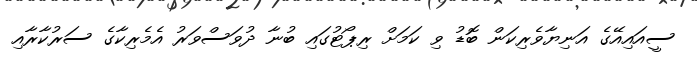
ސީއައިއޭގެ އަނިޔާވެރިކަން ބޮޑު ވި ކަމަށް ރިޕޯޓުގައި ބުނާ ދުވަސްވަރު އެމެރިކާގެ ސަރުކާރާއި